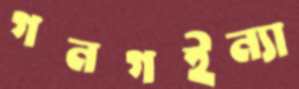
গনগইন্যা